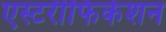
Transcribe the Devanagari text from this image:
एस्टरीफिकेशन